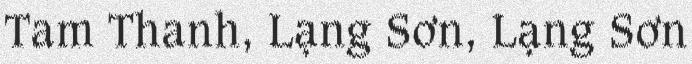
Tam Thanh, Lạng Sơn, Lạng Sơn